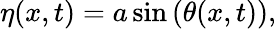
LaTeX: \eta(x,t)=a\sin\left(\theta(x,t)\right),